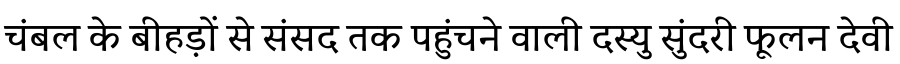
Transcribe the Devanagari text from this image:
चंबल के बीहड़ों से संसद तक पहुंचने वाली दस्यु सुंदरी फूलन देवी